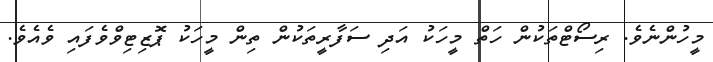
މީހުންނެވެ. ރިސޯޓްތަކުން ހަތް މީހަކު އަދި ސަފާރީތަކުން ތިން މީހަކު ޕޮޒިޓިވްވެފައި ވެއެވެ.